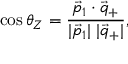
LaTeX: \cos \theta _ { Z } = { \frac { \vec { p } _ { 1 } \cdot \vec { q } _ { + } } { | \vec { p } _ { 1 } | \ | \vec { q } _ { + } | } } ,